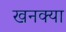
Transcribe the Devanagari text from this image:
खनक्या